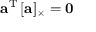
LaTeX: \mathbf { a } ^ { \mathrm { T } } \, [ \mathbf { a } ] _ { \times } = \mathbf { 0 }